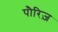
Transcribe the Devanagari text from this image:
पौरिज़